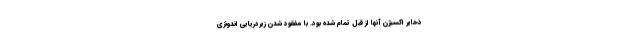
ذخایر اکسیژن آنها از قبل تمام شده بود. با مفقود شدن زیردریایی اندونزی